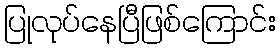
ပြုလုပ်နေပြီဖြစ်ကြောင်း